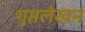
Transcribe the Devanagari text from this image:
गुप्तलेखन